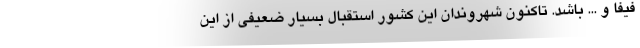
فیفا و ... باشد. تاکنون شهروندان این کشور استقبال بسیار ضعیفی از این